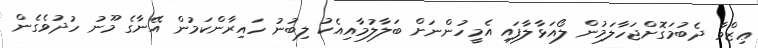
ޢިޒްވާ ދެބުމަގޮށްޖަހާލަމުން ލޯއަޅާލާފައި އެމީހުންނަށް ބަލާލުމާއިއެކު ލިބުނު ހައިރާންކަމުން އޭނާގެ މޫނު ހުދުވެގެން